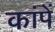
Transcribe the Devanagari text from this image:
कांपें